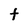
Character: t